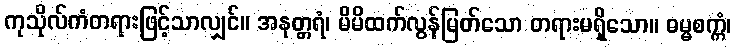
ကုသိုလ်ကံတရားဖြင့်သာလျှင်။ အနုတ္တရံ၊ မိမိထက်လွန်မြတ်သော တရားမရှိသော။ ဓမ္မစက္ကံ၊